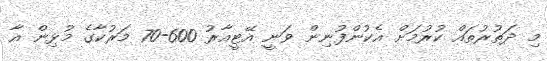
މި ދަތުރުތައް ކުރުމަށް އެކުންފުނިން ވަނީ އޭޓީއާރު 600-70 މަރުކާގެ މުޅިން އާ